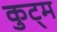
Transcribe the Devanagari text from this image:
कुट्म